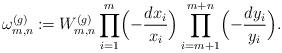
LaTeX: \begin{align*}\omega^{(g)}_{m,n}\coloneqq W^{(g)}_{m,n}\prod_{i=1}^m \Bigl(-\frac{dx_i}{x_i}\Bigr)\prod_{i=m+1}^{m+n} \Bigl(-\frac{dy_i}{y_i}\Bigr).\end{align*}